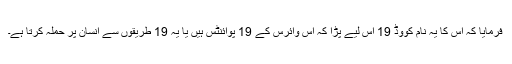
فرمایا کہ اس کا یہ نام کووڈ 19 اس لیے پڑا کہ اس وائرس کے 19 پوائنٹس ہیں یا یہ 19 طریقوں سے انسان پر حملہ کرتا ہے۔